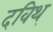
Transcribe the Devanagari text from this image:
दविथ्